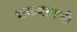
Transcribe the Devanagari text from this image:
शक्रव्रताची